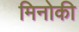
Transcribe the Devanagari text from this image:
मिनोकी